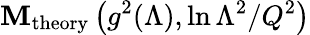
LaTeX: {\cal\mathbf{M}}_{\mathrm{{theory}}}\left(g^{2}(\Lambda),\ln{\Lambda^{2}/Q^{2}}\right)